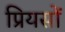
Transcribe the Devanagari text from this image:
प्रियसों